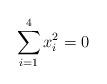
LaTeX: \begin{align*} \sum_{i = 1}^{4} x_i^2 = 0\end{align*}